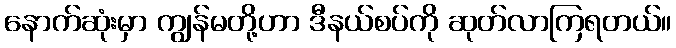
နောက်ဆုံးမှာ ကျွန်မတို့ဟာ ဒီနယ်စပ်ကို ဆုတ်လာကြရတယ်။